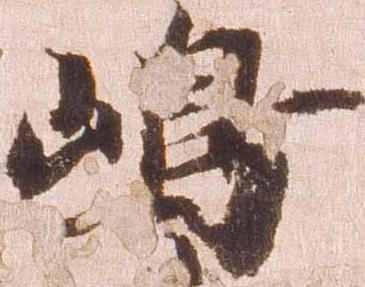
嶋